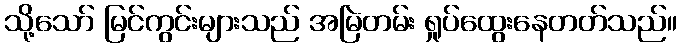
သို့သော် မြင်ကွင်းများသည် အမြဲတမ်း ရှုပ်ထွေးနေတတ်သည်။